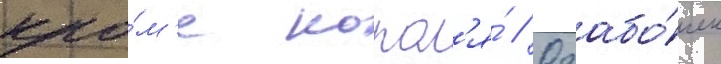
кро́м'е корол'я́ // Озабо́чен